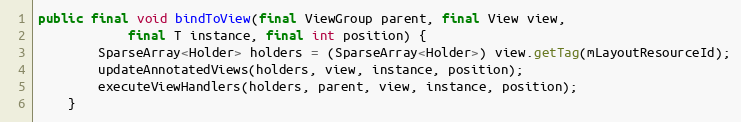
Language: Java
public final void bindToView(final ViewGroup parent, final View view,
            final T instance, final int position) {
        SparseArray<Holder> holders = (SparseArray<Holder>) view.getTag(mLayoutResourceId);
        updateAnnotatedViews(holders, view, instance, position);
        executeViewHandlers(holders, parent, view, instance, position);
    }